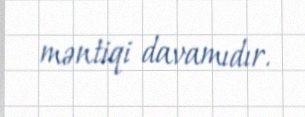
məntiqi davamıdır.